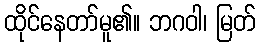
ထိုင်နေတာ်မူ၏။ ဘဂဝါ၊ မြတ်